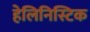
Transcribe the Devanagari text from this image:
हेलिनिस्टिक